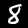
Label: 8